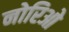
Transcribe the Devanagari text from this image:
नोरिओ